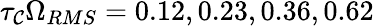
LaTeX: \tau_{\mathcal{C}}\Omega_{RMS}=0.12,0.23,0.36,0.62